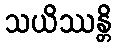
သယိဿန္တိ